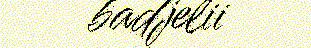
badjelii